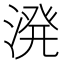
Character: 溌